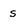
Character: s